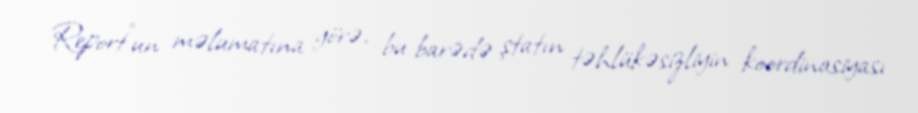
Report"un məlumatına görə, bu barədə ştatın təhlükəsizliyin koordinasiyası